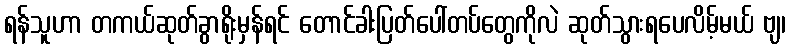
ရန်သူဟာ တကယ်ဆုတ်ခွာရိုးမှန်ရင် တောင်ခါးပြတ်ပေါ်တပ်တွေကိုလဲ ဆုတ်သွားရပေလိမ့်မယ် ဗျ၊